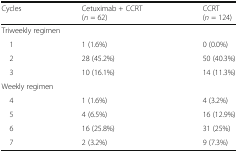
| Cycles | Cetuximab + CCRT(n = 62) | CCRT(n = 124) |
 | --- | --- | --- |
 | <COLSPAN=3> Triweekly regimen |
 | 1 | 1 (1.6%) | 0 (0.0%) |
 | 2 | 28 (45.2%) | 50 (40.3%) |
 | 3 | 10 (16.1%) | 14 (11.3%) |
 | <COLSPAN=3> Weekly regimen |
 | 4 | 1 (1.6%) | 4 (3.2%) |
 | 5 | 4 (6.5%) | 16 (12.9%) |
 | 6 | 16 (25.8%) | 31 (25%) |
 | 7 | 2 (3.2%) | 9 (7.3%) |